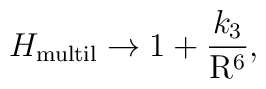
H_{\mathrm{multil}}\rightarrow 1+\frac{k_3}{\mathrm{R}^6},